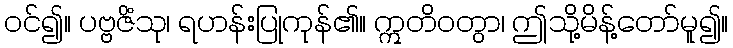
ဝင်၍။ ပဗ္ဗဇိံသု၊ ရဟန်းပြုကုန်၏။ ဣတိဝတွာ၊ ဤသို့မိန့်တော်မူ၍။